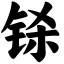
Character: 铩